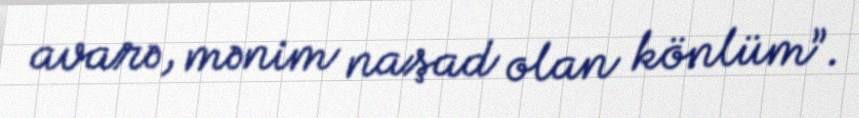
avarə, mənim naşad olan könlüm”.